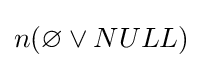
n(\varnothing \lor NULL)